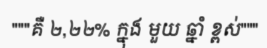
"""គឺ ២,២២% ក្នុង មួយ ឆ្នាំ ខ្ពស់"""